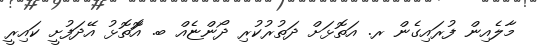
މާލެއިން ފުރައިގެން ރ. އަތޮޅަށް ދަތުރުކުރި ދޯންޏެއް ބ. އަޮތޮޅު އޭދަފުށީ ކައިރީ